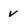
Character: v